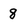
Character: 8